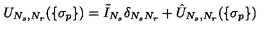
U _ { N _ { s } , N _ { r } } ( \{ \sigma _ { p } \} ) = \tilde { I } _ { N _ { s } } \delta _ { N _ { s } N _ { r } } + \hat { U } _ { N _ { s } , N _ { r } } ( \{ \sigma _ { p } \} )